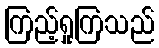
ကြည့်ရှုကြသည်